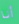
أنا